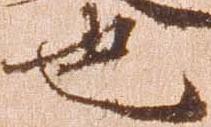
也